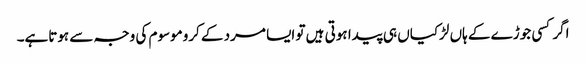
اگر کسی جوڑے کے ہاں لڑکیاں ہی پیدا ہوتی ہیں تو ایسا مرد کے کروموسوم کی وجہ سے ہوتاہے۔